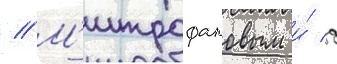
// М'итрофановым и́ д